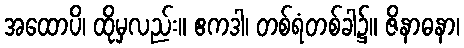
အထောပိ၊ ထိုမှလည်း။ ဧကဒါ၊ တစ်ရံတစ်ခါ၌။ ဇိနာဓနာ၊